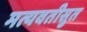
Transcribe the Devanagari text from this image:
मत्यवतीसुत